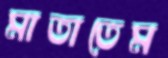
মাতাতেম